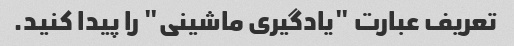
تعریف عبارت "یادگیری ماشینی" را پیدا کنید.